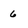
Character: 6